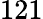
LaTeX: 121